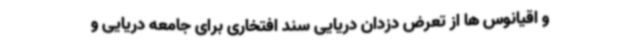
و اقیانوس ها از تعرض دزدان دریایی سند افتخاری برای جامعه دریایی و